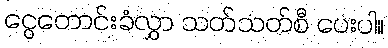
ငွေတောင်းခံလွှာ သတ်သတ်စီ ပေးပါ။